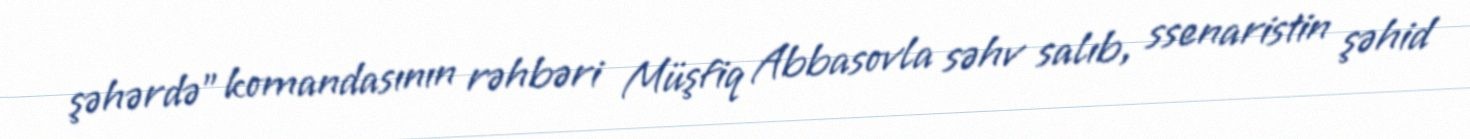
şəhərdə” komandasının rəhbəri Müşfiq Abbasovla səhv salıb, ssenaristin şəhid